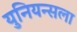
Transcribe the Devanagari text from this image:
युनियन्सला